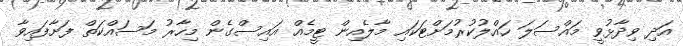
އަދި ވިދާޅުވީ މައްސަލަ ހައްލުކުރުމަށްޓަކައި މާލެއިން ޓީމެއް އައިސްގެން މިހާރު މަސައްކަތް ފަށާފައިވާ